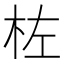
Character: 𪱺